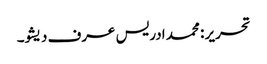
تحریر : محمد ادریس عرف دیشو۔